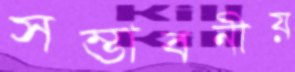
সম্ভাবনীয়